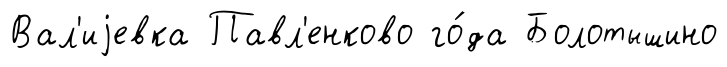
Вал'иjевка Павл'енково го́да Болотышино